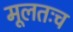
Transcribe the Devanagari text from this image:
मूलतःच